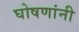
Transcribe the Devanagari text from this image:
घोषणांनी